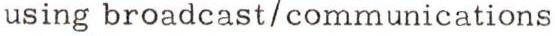
using broadcast/communications